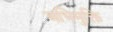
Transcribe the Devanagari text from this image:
अभिमुक्ति